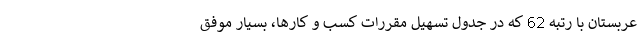
عربستان با رتبه 62 که در جدول تسهیل مقررات کسب و کارها، بسیار موفق